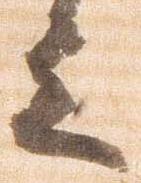
上